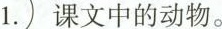
1.课文中的动物。